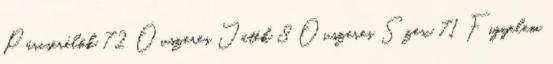
Párcserélők 72 Óvszeres Játék 8 Óvszeres Szex 71 Figyelem